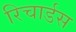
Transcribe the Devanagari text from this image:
रिचार्डस